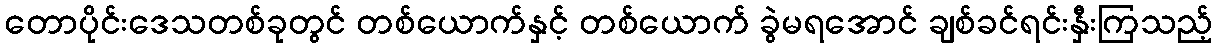
တောပိုင်းဒေသတစ်ခုတွင် တစ်ယောက်နှင့် တစ်ယောက် ခွဲမရအောင် ချစ်ခင်ရင်းနှီးကြသည့်